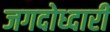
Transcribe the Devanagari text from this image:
जगदोध्दारी